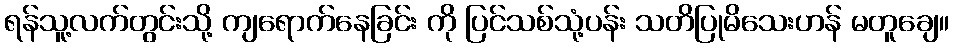
ရန်သူ့လက်တွင်းသို့ ကျရောက်နေခြင်း ကို ပြင်သစ်သုံ့ပန်း သတိပြုမိသေးဟန် မတူချေ။